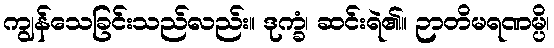
ကျွန်သေခြင်းသည်လည်း။ ဒုက္ခံ၊ ဆင်းရဲ၏။ ဉာတိမရဏမ္ပိ၊